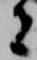
者